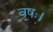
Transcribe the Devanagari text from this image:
वृषः।